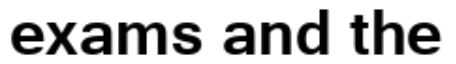
exams and the